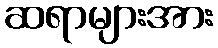
ဆရာများအား